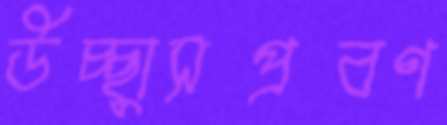
উচ্ছ্বাসপ্রবণ